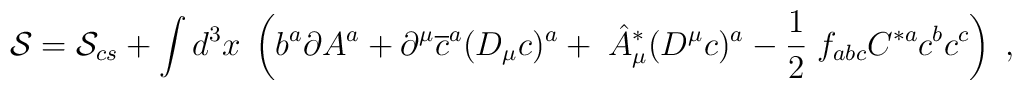
\mathcal{S}=\mathcal{S}_{cs}+\int d^3x\;\left( b^a\partial A^a+\partial ^\mu \overline{c}^a(D_\mu c)^a+\;\hat{A}_\mu ^{*}(D^\mu c)^a-\frac12\;f_{abc}C^{*a}c^bc^c\right) \;,